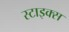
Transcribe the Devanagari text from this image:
स्टाइक्स